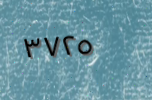
٣٧٢٥